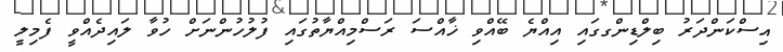
އިސްކަންދަރު ބިލްޑިންގގައި އިއްޔެ ބޭއްވި ޚާއްސަ ރަސްމިއްޔާތުގައި ފުލުހުންނަށް ހުވާ ލައިދެއްވީ ފެމިލީ